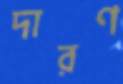
দারণ